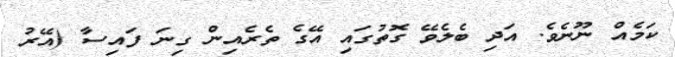
ކަމެއް ނޫނެވެ. އަދި ބެލެވޭ ގޮތުގައި އޭގެ ތެރެއިން ގިނަ ފައިސާ (އޭރު